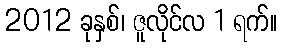
2012 ခုနှစ်၊ ဇူလိုင်လ 1 ရက်။